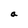
Character: a